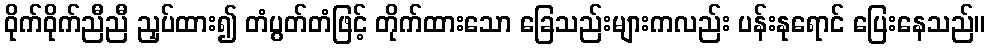
ဝိုက်ဝိုက်ညီညီ ညှပ်ထား၍ တံပွတ်တံဖြင့် တိုက်ထားသော ခြေသည်းများကလည်း ပန်းနုရောင် ပြေးနေသည်။